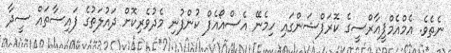
ނެތެވެ. އެމްއެމްޕީއާރްސީގެ ކޮރަޕްޝަންގައި ހިމެނޭ އެސްއޯއެފް ކުންފުނި މެދުވެރިކޮށް ދައުލަތުގެ ފައިސާތައް ސީދާ